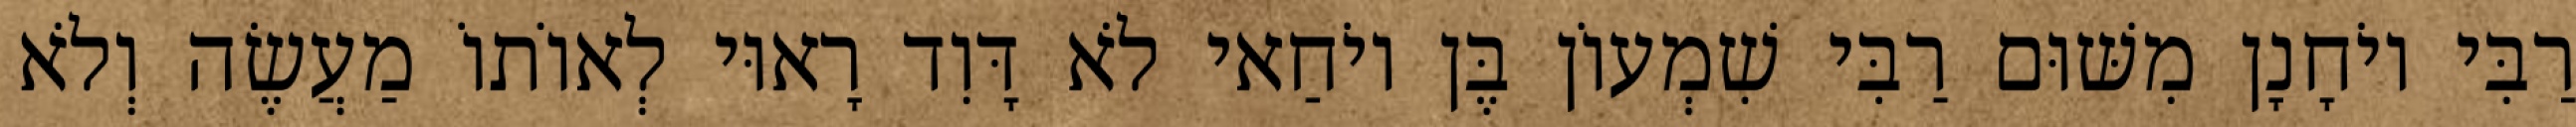
רַבִּי יוֹחָנָן מִשּׁוּם רַבִּי שִׁמְעוֹן בֶּן יוֹחַאי לֹא דָּוִד רָאוּי לְאוֹתוֹ מַעֲשֶׂה וְלֹא